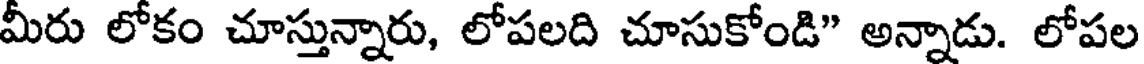
మీరు లోకం చూస్తున్నారు, లోపలది చూసుకోండి" అన్నాడు. లోపల